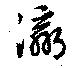
瀛